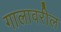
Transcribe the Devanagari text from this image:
गालावरील